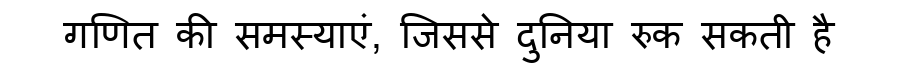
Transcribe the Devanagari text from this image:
गणित की समस्याएं, जिससे दुनिया रुक सकती है